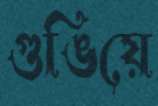
গুঙিয়ে